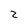
Character: Z